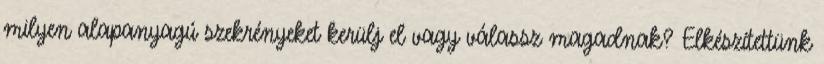
milyen alapanyagú szekrényeket kerülj el vagy válassz magadnak? Elkészítettünk